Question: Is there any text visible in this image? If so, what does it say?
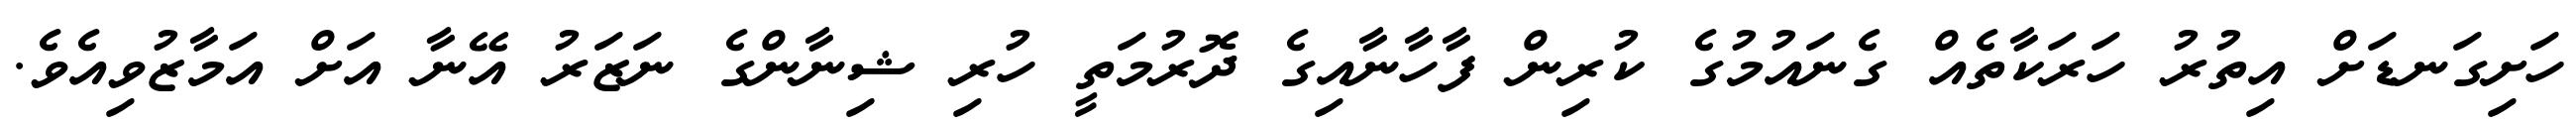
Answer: ހަށިގަނޑަށް އިތުރު ހަރަކާތެއް ގެނައުމުގެ ކުރިން ފާހާނާއިގެ ދޮރުމަތީ ހުރި ޝިނާންގެ ނަޒަރު އޭނާ އަށް އަމާޒުވިއެވެ.